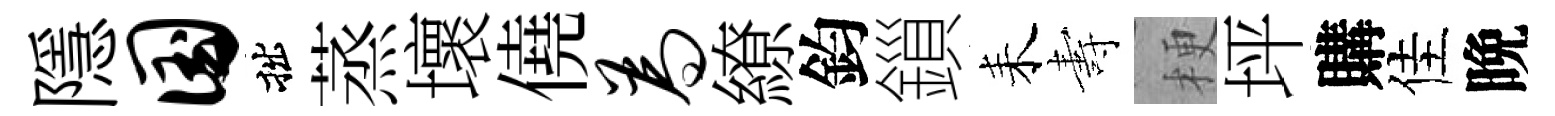
隱国拙蒸壞僥为繚鈞鎻耒夀梗坪購佳晩